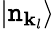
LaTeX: \left|\mathtt{n}_{\mathbf{{k}}_{l}}\right\rangle